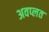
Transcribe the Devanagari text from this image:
अवप्लत